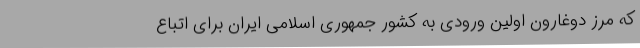
که مرز دوغارون اولین ورودی به کشور جمهوری اسلامی ایران برای اتباع